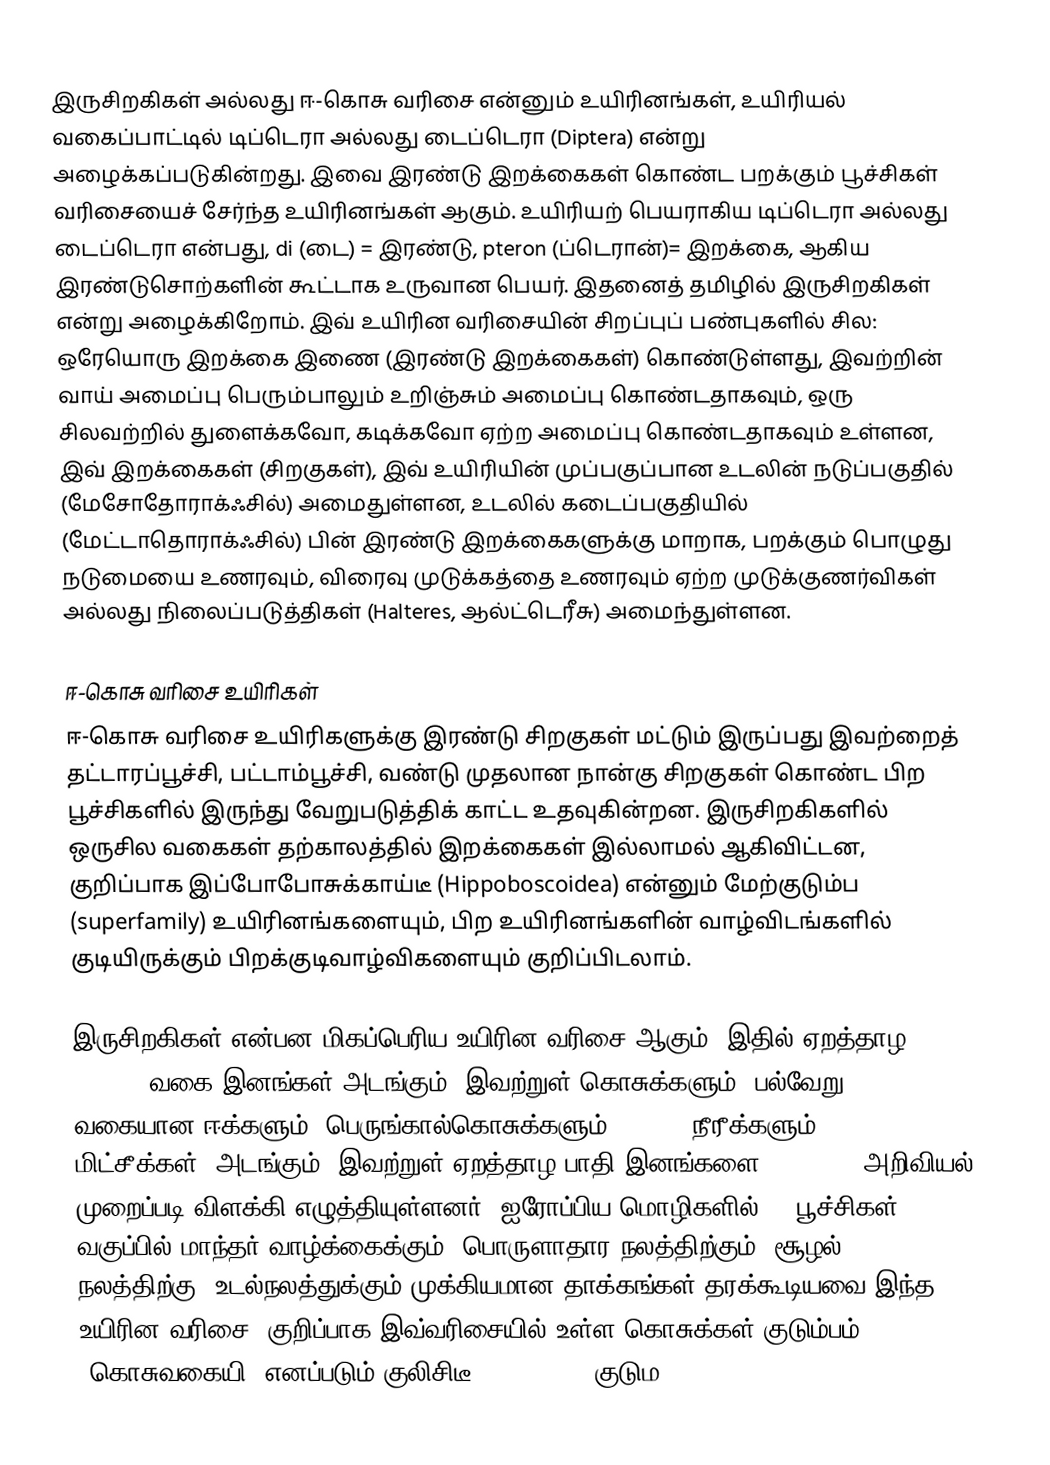
இருசிறகிகள் அல்லது ஈ-கொசு வரிசை என்னும் உயிரினங்கள், உயிரியல் வகைப்பாட்டில் டிப்டெரா அல்லது டைப்டெரா (Diptera) என்று அழைக்கப்படுகின்றது. இவை இரண்டு இறக்கைகள் கொண்ட பறக்கும் பூச்சிகள் வரிசையைச் சேர்ந்த உயிரினங்கள் ஆகும். உயிரியற் பெயராகிய டிப்டெரா அல்லது டைப்டெரா என்பது, di (டை) = இரண்டு,  pteron (ப்டெரான்)= இறக்கை, ஆகிய  இரண்டுசொற்களின் கூட்டாக உருவான பெயர். இதனைத் தமிழில் இருசிறகிகள் என்று அழைக்கிறோம். இவ் உயிரின வரிசையின் சிறப்புப் பண்புகளில் சில: ஒரேயொரு இறக்கை இணை (இரண்டு இறக்கைகள்) கொண்டுள்ளது, இவற்றின் வாய் அமைப்பு பெரும்பாலும் உறிஞ்சும் அமைப்பு கொண்டதாகவும், ஒரு சிலவற்றில் துளைக்கவோ, கடிக்கவோ ஏற்ற அமைப்பு கொண்டதாகவும் உள்ளன, இவ் இறக்கைகள் (சிறகுகள்), இவ் உயிரியின் முப்பகுப்பான உடலின் நடுப்பகுதில் (மேசோதோராக்ஃசில்) அமைதுள்ளன, உடலில் கடைப்பகுதியில் (மேட்டாதொராக்ஃசில்) பின் இரண்டு இறக்கைகளுக்கு மாறாக, பறக்கும் பொழுது நடுமையை உணரவும், விரைவு முடுக்கத்தை உணரவும் ஏற்ற  முடுக்குணர்விகள் அல்லது நிலைப்படுத்திகள் (Halteres, ஆல்ட்டெரீசு) அமைந்துள்ளன.

ஈ-கொசு வரிசை உயிரிகள்
ஈ-கொசு வரிசை உயிரிகளுக்கு இரண்டு சிறகுகள் மட்டும் இருப்பது இவற்றைத் தட்டாரப்பூச்சி, பட்டாம்பூச்சி, வண்டு முதலான நான்கு சிறகுகள் கொண்ட பிற பூச்சிகளில் இருந்து வேறுபடுத்திக் காட்ட உதவுகின்றன. இருசிறகிகளில் ஒருசில வகைகள் தற்காலத்தில் இறக்கைகள் இல்லாமல் ஆகிவிட்டன, குறிப்பாக இப்போபோசுக்காய்டீ (Hippoboscoidea) என்னும் மேற்குடும்ப (superfamily) உயிரினங்களையும், பிற உயிரினங்களின் வாழ்விடங்களில் குடியிருக்கும் பிறக்குடிவாழ்விகளையும் குறிப்பிடலாம்.

இருசிறகிகள் என்பன மிகப்பெரிய உயிரின வரிசை ஆகும். இதில் ஏறத்தாழ 240,000 வகை இனங்கள் அடங்கும். இவற்றுள் கொசுக்களும், பல்வேறு வகையான ஈக்களும், பெருங்கால்கொசுக்களும் (gnat), நீரீக்களும் (midges, மிட்சீக்கள்) அடங்கும். இவற்றுள் ஏறத்தாழ பாதி இனங்களை (120,000) அறிவியல் முறைப்படி விளக்கி எழுத்தியுள்ளனர் (ஐரோப்பிய மொழிகளில்).. பூச்சிகள் வகுப்பில் மாந்தர் வாழ்க்கைக்கும், பொருளாதார நலத்திற்கும், சூழல் நலத்திற்கு, உடல்நலத்துக்கும் முக்கியமான தாக்கங்கள் தரக்கூடியவை இந்த உயிரின வரிசை. குறிப்பாக இவ்வரிசையில் உள்ள கொசுக்கள் குடும்பம் (கொசுவகையி) எனப்படும் குலிசிடீ (Culicidae) குடும